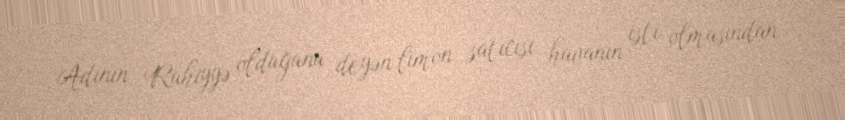
Adının Ruhiyyə olduğunu deyən limon satıcısı havanın isti olmasından